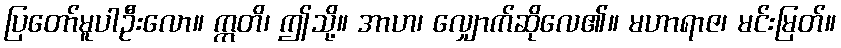
ပြတော်မူပါဦးလော။ ဣတိ၊ ဤသို့။ အာဟ၊ လျှောက်ဆိုလေ၏။ မဟာရာဇ၊ မင်းမြတ်။